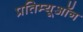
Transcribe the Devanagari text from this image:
प्रतिम्यूऑन